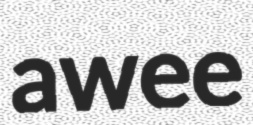
awee